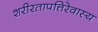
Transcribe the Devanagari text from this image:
शरीरतापत्तिरेवास्य